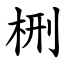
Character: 㭢